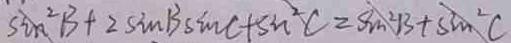
\sin ^ { 2 } B + 2 \sin B \sin C + \sin ^ { 2 } C = \sin ^ { 2 } B + \sin ^ { 2 } C